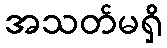
အသတ်မရှိ